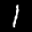
Label: 1